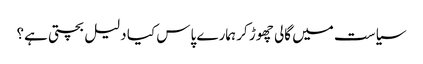
سیاست میں گالی چھوڑ کر ہمارے پاس کیا دلیل بچتی ہے؟